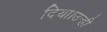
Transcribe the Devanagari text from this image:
दिया।उन्ही